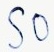
Text: S0